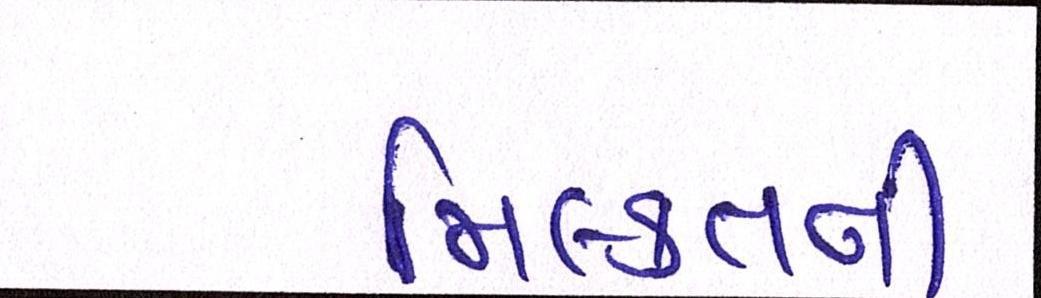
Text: મિલ્કતની